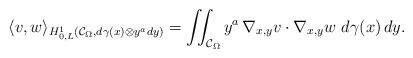
LaTeX: \begin{align*}\langle v,w\rangle_{H_{0,L}^{1}(\mathcal{C}_{\Omega},d\gamma(x)\otimes y^ady)}=\iint_{\mathcal{C}_{\Omega}}y^a\,\nabla_{x,y}v\cdot \nabla_{x,y}w\,\,d\gamma(x)\,dy.\end{align*}